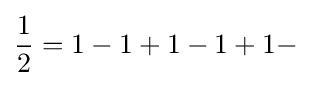
{\frac {1}{2}}=1-1+1-1+1-